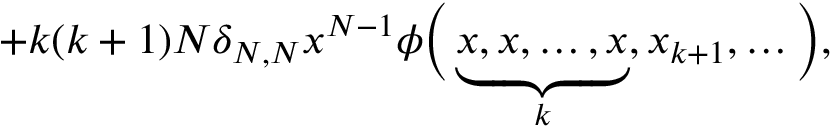
+ k ( k + 1 ) N \delta _ { N , N } x ^ { N - 1 } \phi \Bigl ( \, \underbrace { x , x , \dots , x } _ { k } , x _ { k + 1 } , \dots \Bigr ) ,